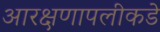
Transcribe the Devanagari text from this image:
आरक्षणापलीकडे